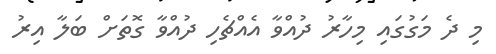
މި ދެ މަގުގައި މިހާރު ދުއްވާ އެއްޗެހި ދުއްވާ ގޮތަށް ބަލާ އިރު